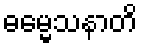
ဓမ္မေသနာတိ